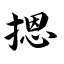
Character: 摁